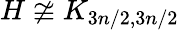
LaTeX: H\not\cong K_{3n/2,3n/2}